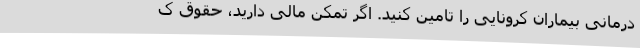
درمانی بیماران کرونایی را تامین کنید. اگر تمکن مالی دارید، حقوق ک